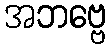
အဘဗ္ဗေ